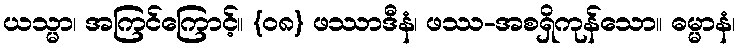
ယသ္မာ၊ အကြင်ကြောင့်။ {၀၈} ဖဿာဒီနံ၊ ဖဿ-အစရှိကုန်သော။ ဓမ္မာနံ၊